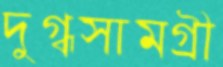
দুগ্ধসামগ্রী